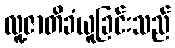
လူ့ဇာတိခံယူခြင်းသည်